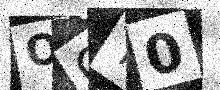
Text: OGT0